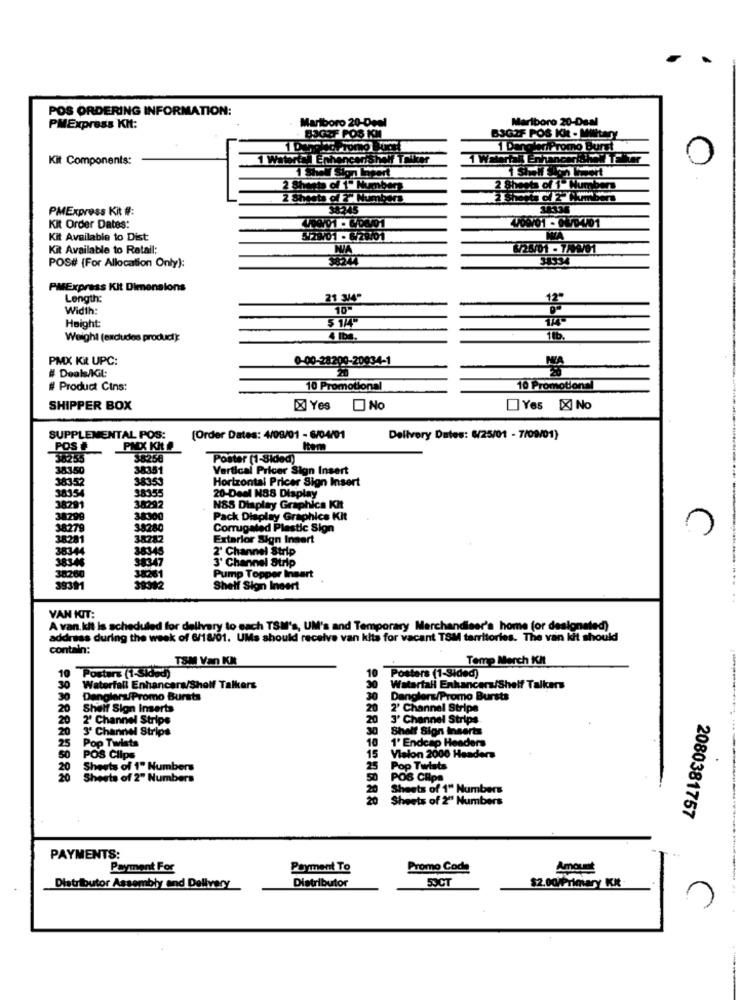
POS ORDERING INFORMATION:
Marlboro 20-Den
Marlboro 20-Daal
PMExpress KIt:
B3GIF POS KK - MINtary
1 Dang ariPromo Burst
Kit Components:
I EN
2 Sheets of 1-Numbers
7" Numbers
PMExpress Kit #:
38245
34338
C70-401
Kit Order Dates:
Kit Available to Dist
01 - 6/20101
Kit Available to Retall:
POS# (For Allocation Only):
34334
PMExpress Kit Dimensions
Length:
21 3449
Width:
10"
Height:
Weight (excludes product):
4 Iba
11b.
PMX KIL UPC:
0-00-28200-20034-1
NA
# Deals/IGil:
# Product Cins:
10 Promotional
10 Promotions
oton
SHIPPER BOX
X Yes No
Yes XI No
SUPPLEMENTAL POS:
[Order Dates: 4/08/01 - 6/04/01
Delivery Dates: 6/25/01 - 7/09/01)
POS
PAX KIt P
Item
36255
38258
Poster (1-Sided)
383.50
38351
Vertical Pricer Sign Insert
38352
38353
Horizontal Pricer Sign Insert
38354
38355
20-Deal N88 Display
PHY
38291
38292
NSS Display Graphics Kit
38299
34300
Pack Display Graphics Kit
38279
38280
Corrugated Plastic Sign
38281
38782
Exterior Sign Insert
38344
38345
2' Channel Strip
3' Channel Strip
383-46
38347
38260
380251
Pump Topper Insert
39992
Shelf Sign Incert
YAN KOIT:
A van. kit is scheduled for delivery to sach TSM's, UM's and Temporary Merchandiser's home (or designated)
address during the week of 6/18/01. UMs should receive van kits for vacant TSM territories. The van kit should
contain:
TOM Van KK
Temp Merch Kit
10
Posters (1-51050)
10
Posters (1-Sided)
Waterfall Enhancera/Sholf Talkers
Waterfall Enhancers/Shelf Talkers
Denglers/Promo Bursts
Danglers/Promo Bursts
20 Shelf Sign Inserts
2' Channel Stripe
2' Channel Strips
3' Channel Strips
20
3' Channel Strips
Shalf Ston Inserts
Pop Twists
10
1' Endcap Headers
25
50
POS Clips
15 Vision 2000 Headers
20
Sheets of 1" Numbers
25
Pop Twists
Sheets of 2" Numbers
POS Clips
Sheets of 1" Numbers
Sheets of 2" Numbers
2080381757
PAYMENTS:
Payment For
Payment To
Promo Code
Amount
5OCT
$2.00/Primary KI
Distributor Assembly and Delivery
Distributor